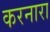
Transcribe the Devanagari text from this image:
करनारा